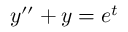
y ^ { \prime \prime } + y = e ^ { t }